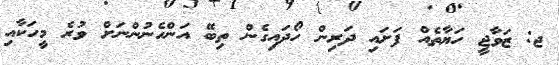
ޖ: ޒަވާޖީ ހަޔާތެއް ފަށައި ދަރިން ހޯދައިގެން ތިބޭ އަންހެނުންނަށް ވުރެ މީހަކާއި